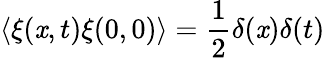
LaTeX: \langle\xi(\mathit{x},t)\xi(0,0)\rangle=\frac{{1}}{{2}}\delta(\mathit{x})\delta(t)